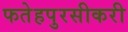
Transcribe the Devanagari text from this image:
फतेहपुरसीकरी